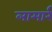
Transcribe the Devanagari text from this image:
लामार्र